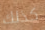
كذلك